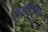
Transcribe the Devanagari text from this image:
ऐप्लीकेशन्स